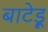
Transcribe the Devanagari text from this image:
बाटेड़ू